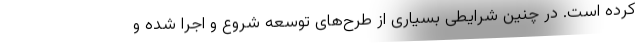
کرده است. در چنین شرایطی بسیاری از طرح‌های توسعه شروع و اجرا شده و